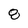
Character: 8